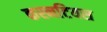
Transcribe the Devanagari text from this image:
कस्नटियस